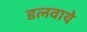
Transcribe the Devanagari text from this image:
डलवाये